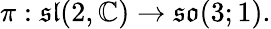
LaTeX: \pi:{\mathfrak{sl}}(2,\mathbb{C})\to{\mathfrak{so}}(3;1).